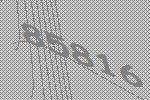
85816